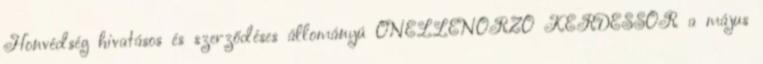
Honvédség hivatásos és szerződéses állományú ÖNELLENŐRZŐ KÉRDÉSSOR a május